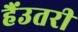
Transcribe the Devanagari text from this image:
हैंउतरी